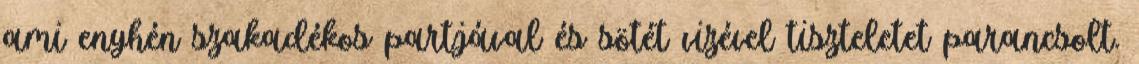
ami enyhén szakadékos partjával és sötét vizével tiszteletet parancsolt.